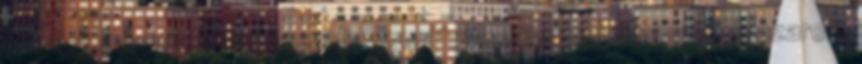
chipset megette. Erre leszidja magát, hiszen rengeteg időt elpazarolt,